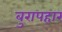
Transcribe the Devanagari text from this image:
बुरापहार